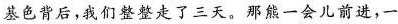
基色背后，我们整整走了三天。那熊一会儿前进，一